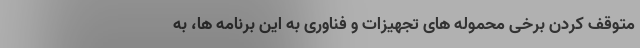
متوقف کردن برخی محموله های تجهیزات و فناوری به این برنامه ها، به